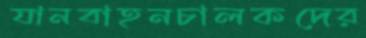
যানবাহনচালকদের